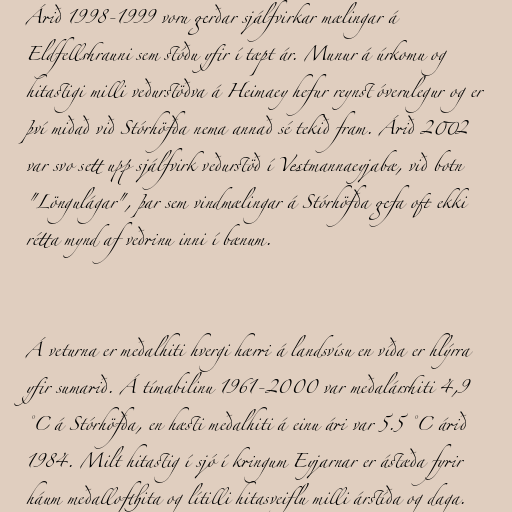
Árið 1998-1999 voru gerðar sjálfvirkar mælingar á
Eldfellshrauni sem stóðu yfir í tæpt ár. Munur á úrkomu og
hitastigi milli veðurstöðva á Heimaey hefur reynst óverulegur og er
því miðað við Stórhöfða nema annað sé tekið fram. Árið 2002
var svo sett upp sjálfvirk veðurstöð í Vestmannaeyjabæ, við botn
"Löngulágar", þar sem vindmælingar á Stórhöfða gefa oft ekki
rétta mynd af veðrinu inni í bænum.

Á veturna er meðalhiti hvergi hærri á landsvísu en víða er hlýrra
yfir sumarið. Á tímabilinu 1961-2000 var meðalárshiti 4,9
°C á Stórhöfða, en hæsti meðalhiti á einu ári var 5.5 °C árið
1984. Milt hitastig í sjó í kringum Eyjarnar er ástæða fyrir
háum meðallofthita og lítilli hitasveiflu milli árstíða og daga.